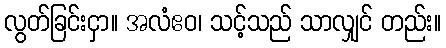
လွတ်ခြင်းငှာ။ အလံဧဝ၊ သင့်သည် သာလျှင် တည်း။